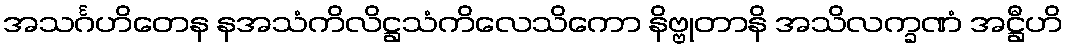
အသင်္ဂဟိတေန နအသံကိလိဋ္ဌသံကိလေသိကော နိဗ္ဗုတာနိ အသိလက္ခဏံ အဋ္ဌီဟိ